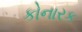
કોનારક